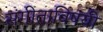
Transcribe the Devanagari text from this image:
संगीताविषयी